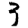
Digit: 3